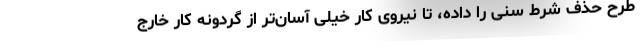
طرح حذف شرط سنی را داده، تا نیروی کار خیلی آسان‌تر از گردونه کار خارج